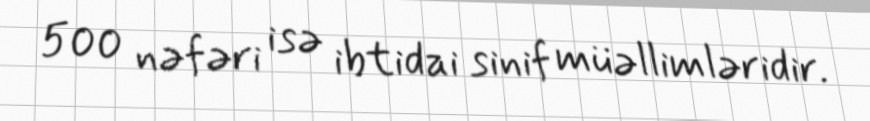
500 nəfəri isə ibtidai sinif müəllimləridir.